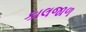
કાલજાળ